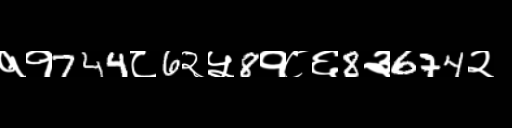
Text: ११744८6२५8१८६8३674२